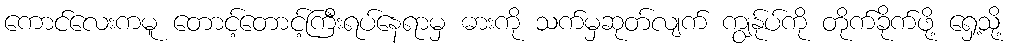
ကောင်လေးကမူ တောင့်တောင့်ကြီးရပ်နေရာမှ ဓားကို သက်မှဆုတ်လျက် ကျွန်ုပ်ကို တိုက်ခိုက်ဖို့ ရှေ့သို့